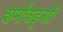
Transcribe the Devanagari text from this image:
शर्मांकडूनही